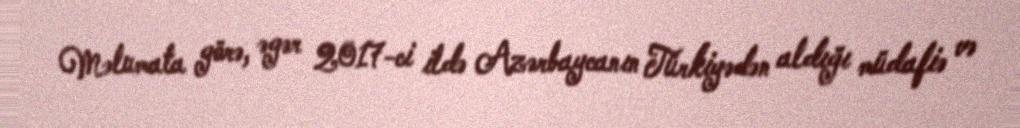
Məlumata görə, əgər 2017-ci ildə Azərbaycanın Türkiyədən aldığı müdafiə və